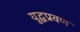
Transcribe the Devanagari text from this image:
युद्धप्रवण